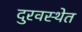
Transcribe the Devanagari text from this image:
दुरवस्थेत